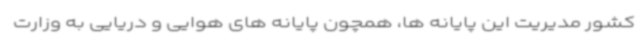
کشور مدیریت این پایانه ها، همچون پایانه های هوایی و دریایی به وزارت